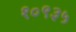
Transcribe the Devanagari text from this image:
१०९३५